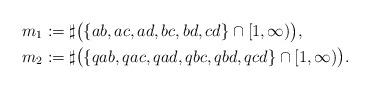
LaTeX: \begin{align*} m_1&:=\sharp\big(\{ab, ac, ad, bc, bd, cd\}\cap [1,\infty)\big),\\ m_2&:=\sharp\big(\{qab, qac, qad, qbc, qbd, qcd\}\cap [1,\infty)\big). \end{align*}